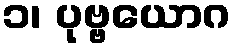
၁၊ ပုဗ္ဗယောဂ